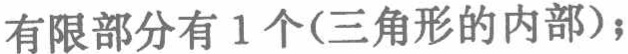
有限部分有 1 个(三角形的内部)；